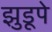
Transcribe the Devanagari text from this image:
झुडूपे